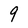
Character: 9